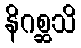
နိဂစ္ဆသိ